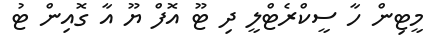
މީޓިން ހާ ސީކްރެޓްލީ ދި ޓޫ އޮފް ޔޫ އާ ގޮއިން ޓު